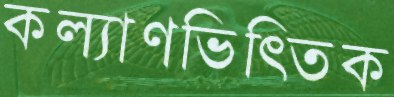
কল্যাণভিত্তিক